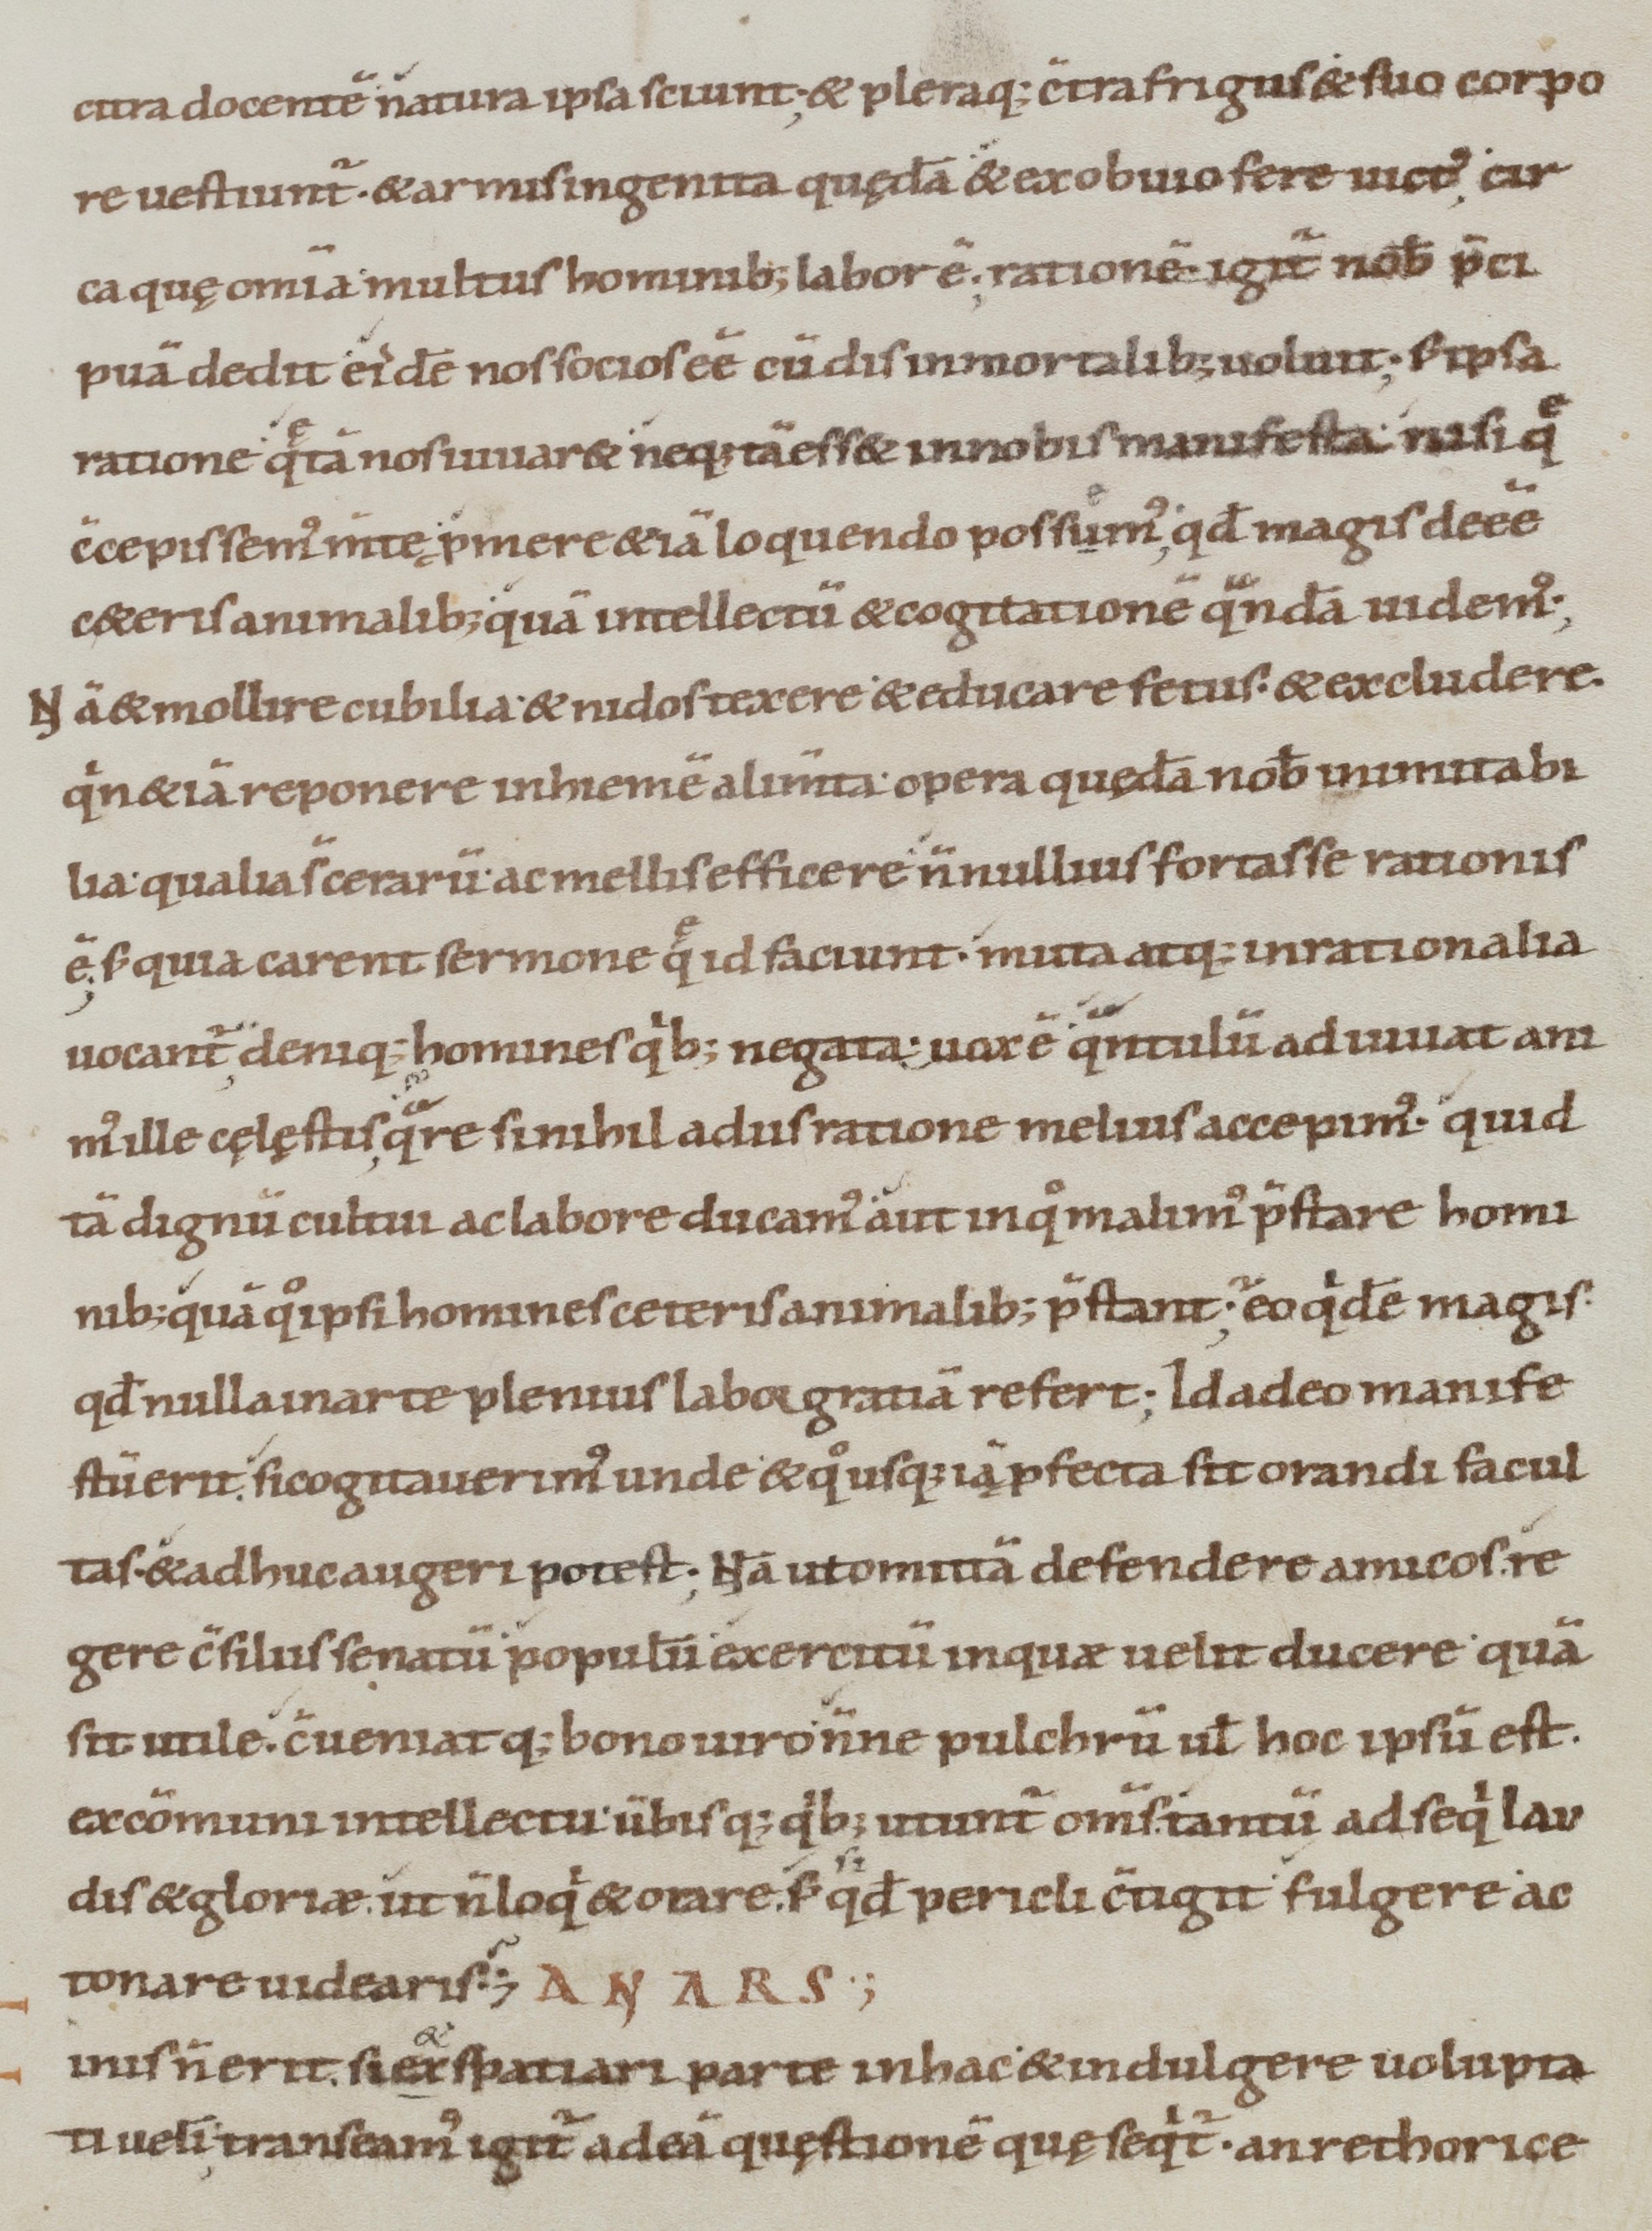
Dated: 900–1099